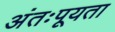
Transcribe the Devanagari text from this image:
अंतःपूयता